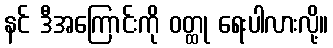
နင် ဒီအကြောင်းကို ဝတ္ထု ရေးပါလားလို့။